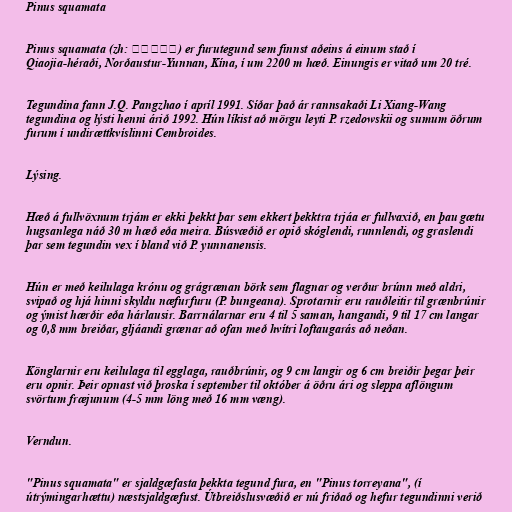
Pinus squamata

Pinus squamata (zh: 巧家五针松) er furutegund sem finnst aðeins á einum stað í
Qiaojia-héraði, Norðaustur-Yunnan, Kína, í um 2200 m hæð. Einungis er vitað um 20 tré.

Tegundina fann J.Q. Pangzhao í apríl 1991. Síðar það ár rannsakaði Li Xiang-Wang
tegundina og lýsti henni árið 1992. Hún líkist að mörgu leyti P. rzedowskii og sumum öðrum
furum í undirættkvíslinni Cembroides.

Lýsing.

Hæð á fullvöxnum trjám er ekki þekkt þar sem ekkert þekktra trjáa er fullvaxið, en þau gætu
hugsanlega náð 30 m hæð eða meira. Búsvæðið er opið skóglendi, runnlendi, og graslendi
þar sem tegundin vex í bland við P. yunnanensis.

Hún er með keilulaga krónu og grágrænan börk sem flagnar og verður brúnn með aldri,
svipað og hjá hinni skyldu næfurfuru (P. bungeana). Sprotarnir eru rauðleitir til grænbrúnir
og ýmist hærðir eða hárlausir. Barrnálarnar eru 4 til 5 saman, hangandi, 9 til 17 cm langar
og 0,8 mm breiðar, gljáandi grænar að ofan með hvítri loftaugarás að neðan.

Könglarnir eru keilulaga til egglaga, rauðbrúnir, og 9 cm langir og 6 cm breiðir þegar þeir
eru opnir. Þeir opnast við þroska í september til október á öðru ári og sleppa aflöngum
svörtum fræjunum (4-5 mm löng með 16 mm væng).

Verndun.

"Pinus squamata" er sjaldgæfasta þekkta tegund fura, en "Pinus torreyana", (í
útrýmingarhættu) næstsjaldgæfust. Útbreiðslusvæðið er nú friðað og hefur tegundinni verið